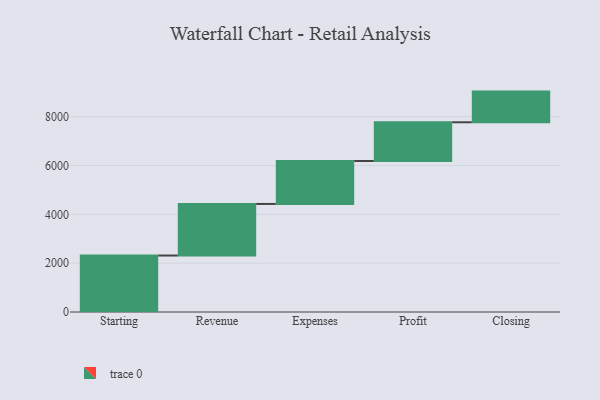
{"axis": {"x": "Step", "y": "Value"}, "legend": [""], "data": [{"x": "Starting", "y": 2313.0, "type": ""}, {"x": "Revenue", "y": 2112.0, "type": ""}, {"x": "Expenses", "y": 1760.0, "type": ""}, {"x": "Profit", "y": 1586.0, "type": ""}, {"x": "Closing", "y": 1256.0, "type": ""}]}